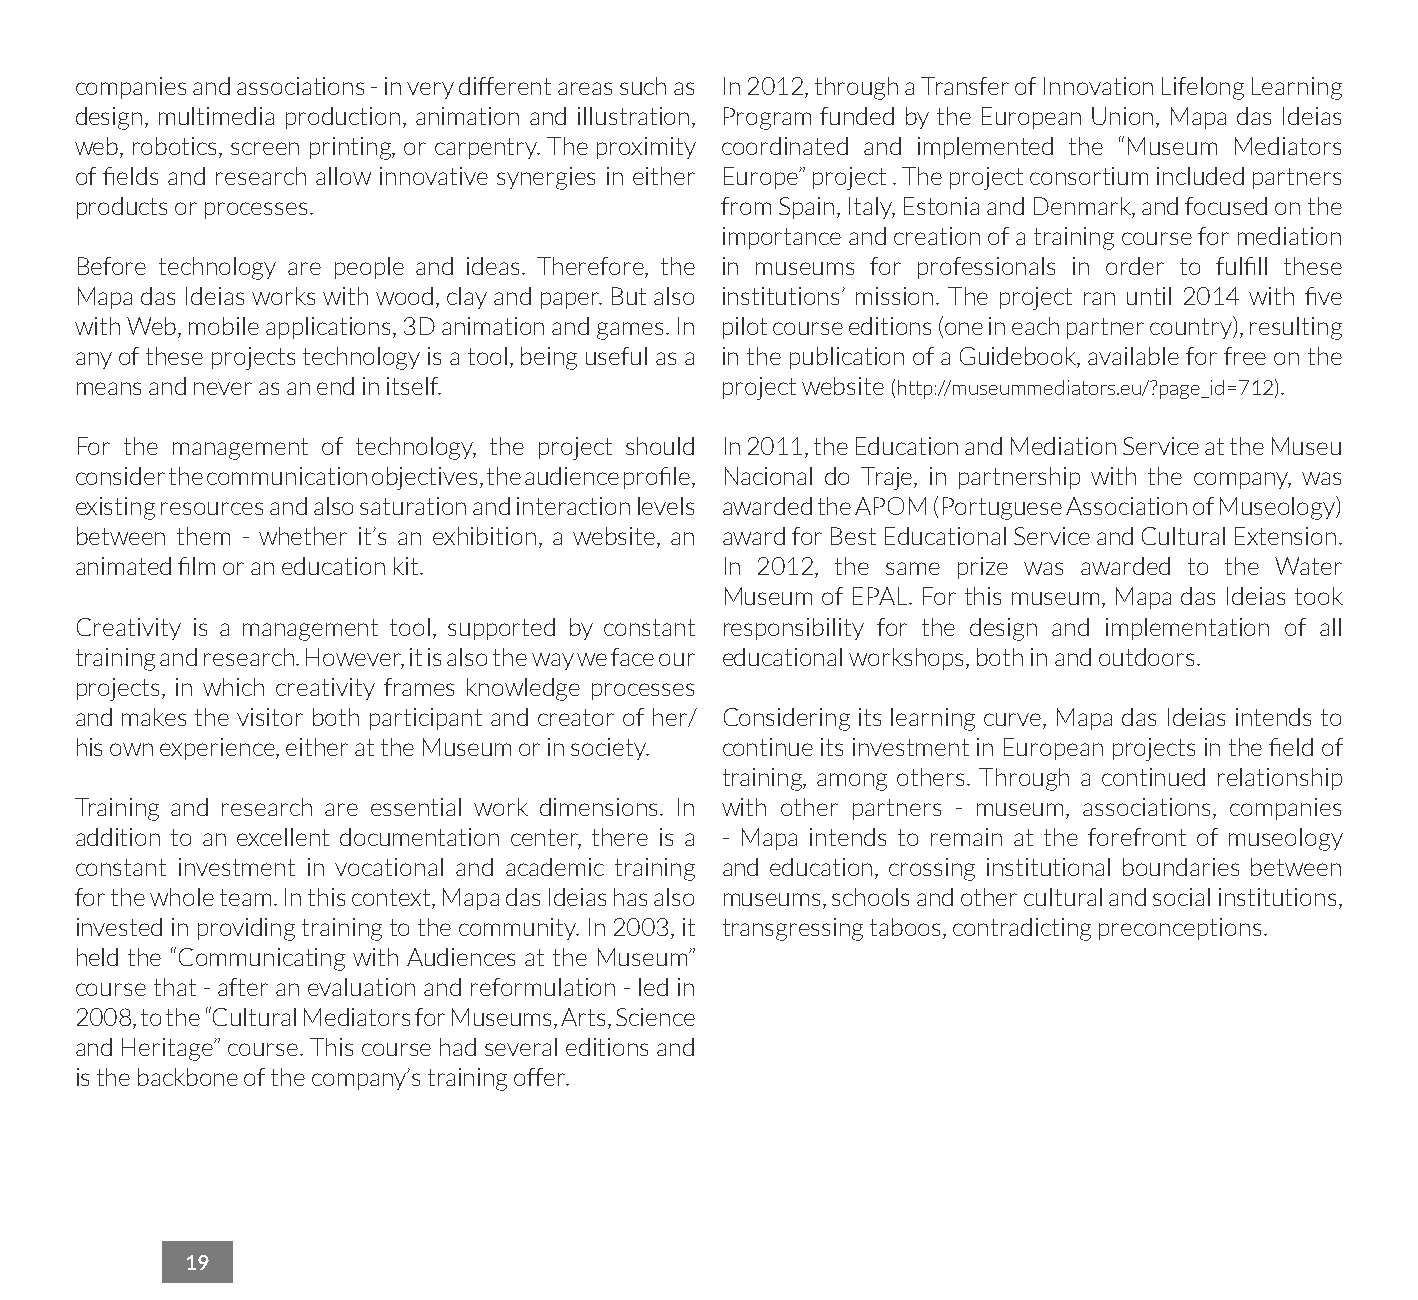
companies and associations - in very different areas such as In 2012, through a Transfer of Innovation Lifelong Learning
 design, multimedia production, animation and illustration, Program funded by the European Union, Mapa das Ideias
 web, robotics, screen printing, or carpentry. The proximity coordinated and implemented the “Museum Mediators
 of fields and research allow innovative synergies in either Europe” project . The project consortium included partners
 products or processes.                     from Spain, Italy, Estonia and Denmark, and focused on the
 importance and creation of a training course for mediation
 Before technology are people and ideas. Therefore, the in museums for professionals in order to fulfill these
 Mapa das Ideias works with wood, clay and paper. But also institutions’ mission. The project ran until 2014 with five
 with Web, mobile applications, 3D animation and games. In pilot course editions (one in each partner country), resulting
 any of these projects technology is a tool, being useful as a in the publication of a Guidebook, available for free on the
 means and never as an end in itself.       project website (http://museummediators.eu/?page_id=712).
 For the management of technology, the project should In 2011, the Education and Mediation Service at the Museu
 consider the communication objectives, the audience profile, Nacional do Traje, in partnership with the company, was
 existing resources and also saturation and interaction levels awarded the APOM (Portuguese Association of Museology)
 between them - whether it’s an exhibition, a website, an award for Best Educational Service and Cultural Extension.
 animated film or an education kit.         In 2012, the same prize was awarded to the Water
 Museum of EPAL. For this museum, Mapa das Ideias took
 Creativity is a management tool, supported by constant responsibility for the design and implementation of all
 training and research. However, it is also the way we face our educational workshops, both in and outdoors.
 projects, in which creativity frames knowledge processes
 and makes the visitor both participant and creator of her/ Considering its learning curve, Mapa das Ideias intends to
 his own experience, either at the Museum or in society. continue its investment in European projects in the field of
 training, among others. Through a continued relationship
 Training and research are essential work dimensions. In with other partners - museum, associations, companies
 addition to an excellent documentation center, there is a - Mapa intends to remain at the forefront of museology
 constant investment in vocational and academic training and education, crossing institutional boundaries between
 for the whole team. In this context, Mapa das Ideias has also museums, schools and other cultural and social institutions,
 invested in providing training to the community. In 2003, it transgressing taboos, contradicting preconceptions.
 held the “Communicating with Audiences at the Museum”
 course that - after an evaluation and reformulation - led in
 2008, to the “Cultural Mediators for Museums, Arts, Science
 and Heritage” course. This course had several editions and
 is the backbone of the company’s training offer.
 19